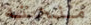
منحته